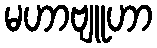
မဟာဗျူဟာ